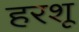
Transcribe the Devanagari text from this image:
हरशू